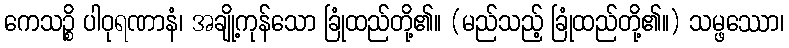
ကေသဉ္စိ ပါဝုရဏာနံ၊ အချို့ကုန်သော ခြုံထည်တို့၏။ (မည်သည့် ခြုံထည်တို့၏။) သမ္ဖဿော၊